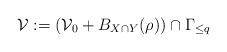
LaTeX: \begin{align*}\mathcal{V}:=(\mathcal{V}_0+B_{X\cap Y}(\rho))\cap \Gamma_{\leq q} \end{align*}